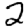
Digit: 2